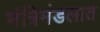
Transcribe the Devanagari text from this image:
मंत्रिमंडलात